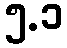
၅.၁